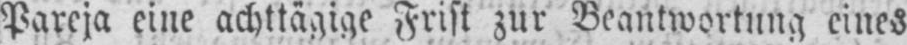
Pareja eine achttägige Frist zur Beantwortung eines